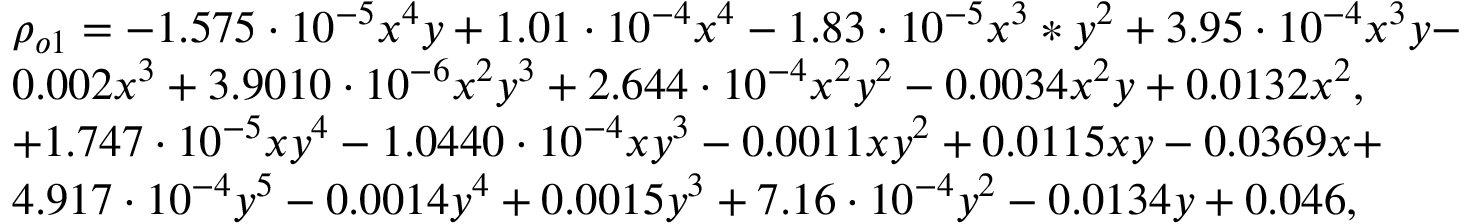
\begin{array} { r l } & { \rho _ { o 1 } = - 1 . 5 7 5 \cdot 1 0 ^ { - 5 } x ^ { 4 } y + 1 . 0 1 \cdot 1 0 ^ { - 4 } x ^ { 4 } - 1 . 8 3 \cdot 1 0 ^ { - 5 } x ^ { 3 } * y ^ { 2 } + 3 . 9 5 \cdot 1 0 ^ { - 4 } x ^ { 3 } y - } \\ & { 0 . 0 0 2 x ^ { 3 } + 3 . 9 0 1 0 \cdot 1 0 ^ { - 6 } x ^ { 2 } y ^ { 3 } + 2 . 6 4 4 \cdot 1 0 ^ { - 4 } x ^ { 2 } y ^ { 2 } - 0 . 0 0 3 4 x ^ { 2 } y + 0 . 0 1 3 2 x ^ { 2 } , } \\ & { + 1 . 7 4 7 \cdot 1 0 ^ { - 5 } x y ^ { 4 } - 1 . 0 4 4 0 \cdot 1 0 ^ { - 4 } x y ^ { 3 } - 0 . 0 0 1 1 x y ^ { 2 } + 0 . 0 1 1 5 x y - 0 . 0 3 6 9 x + } \\ & { 4 . 9 1 7 \cdot 1 0 ^ { - 4 } y ^ { 5 } - 0 . 0 0 1 4 y ^ { 4 } + 0 . 0 0 1 5 y ^ { 3 } + 7 . 1 6 \cdot 1 0 ^ { - 4 } y ^ { 2 } - 0 . 0 1 3 4 y + 0 . 0 4 6 , } \end{array}